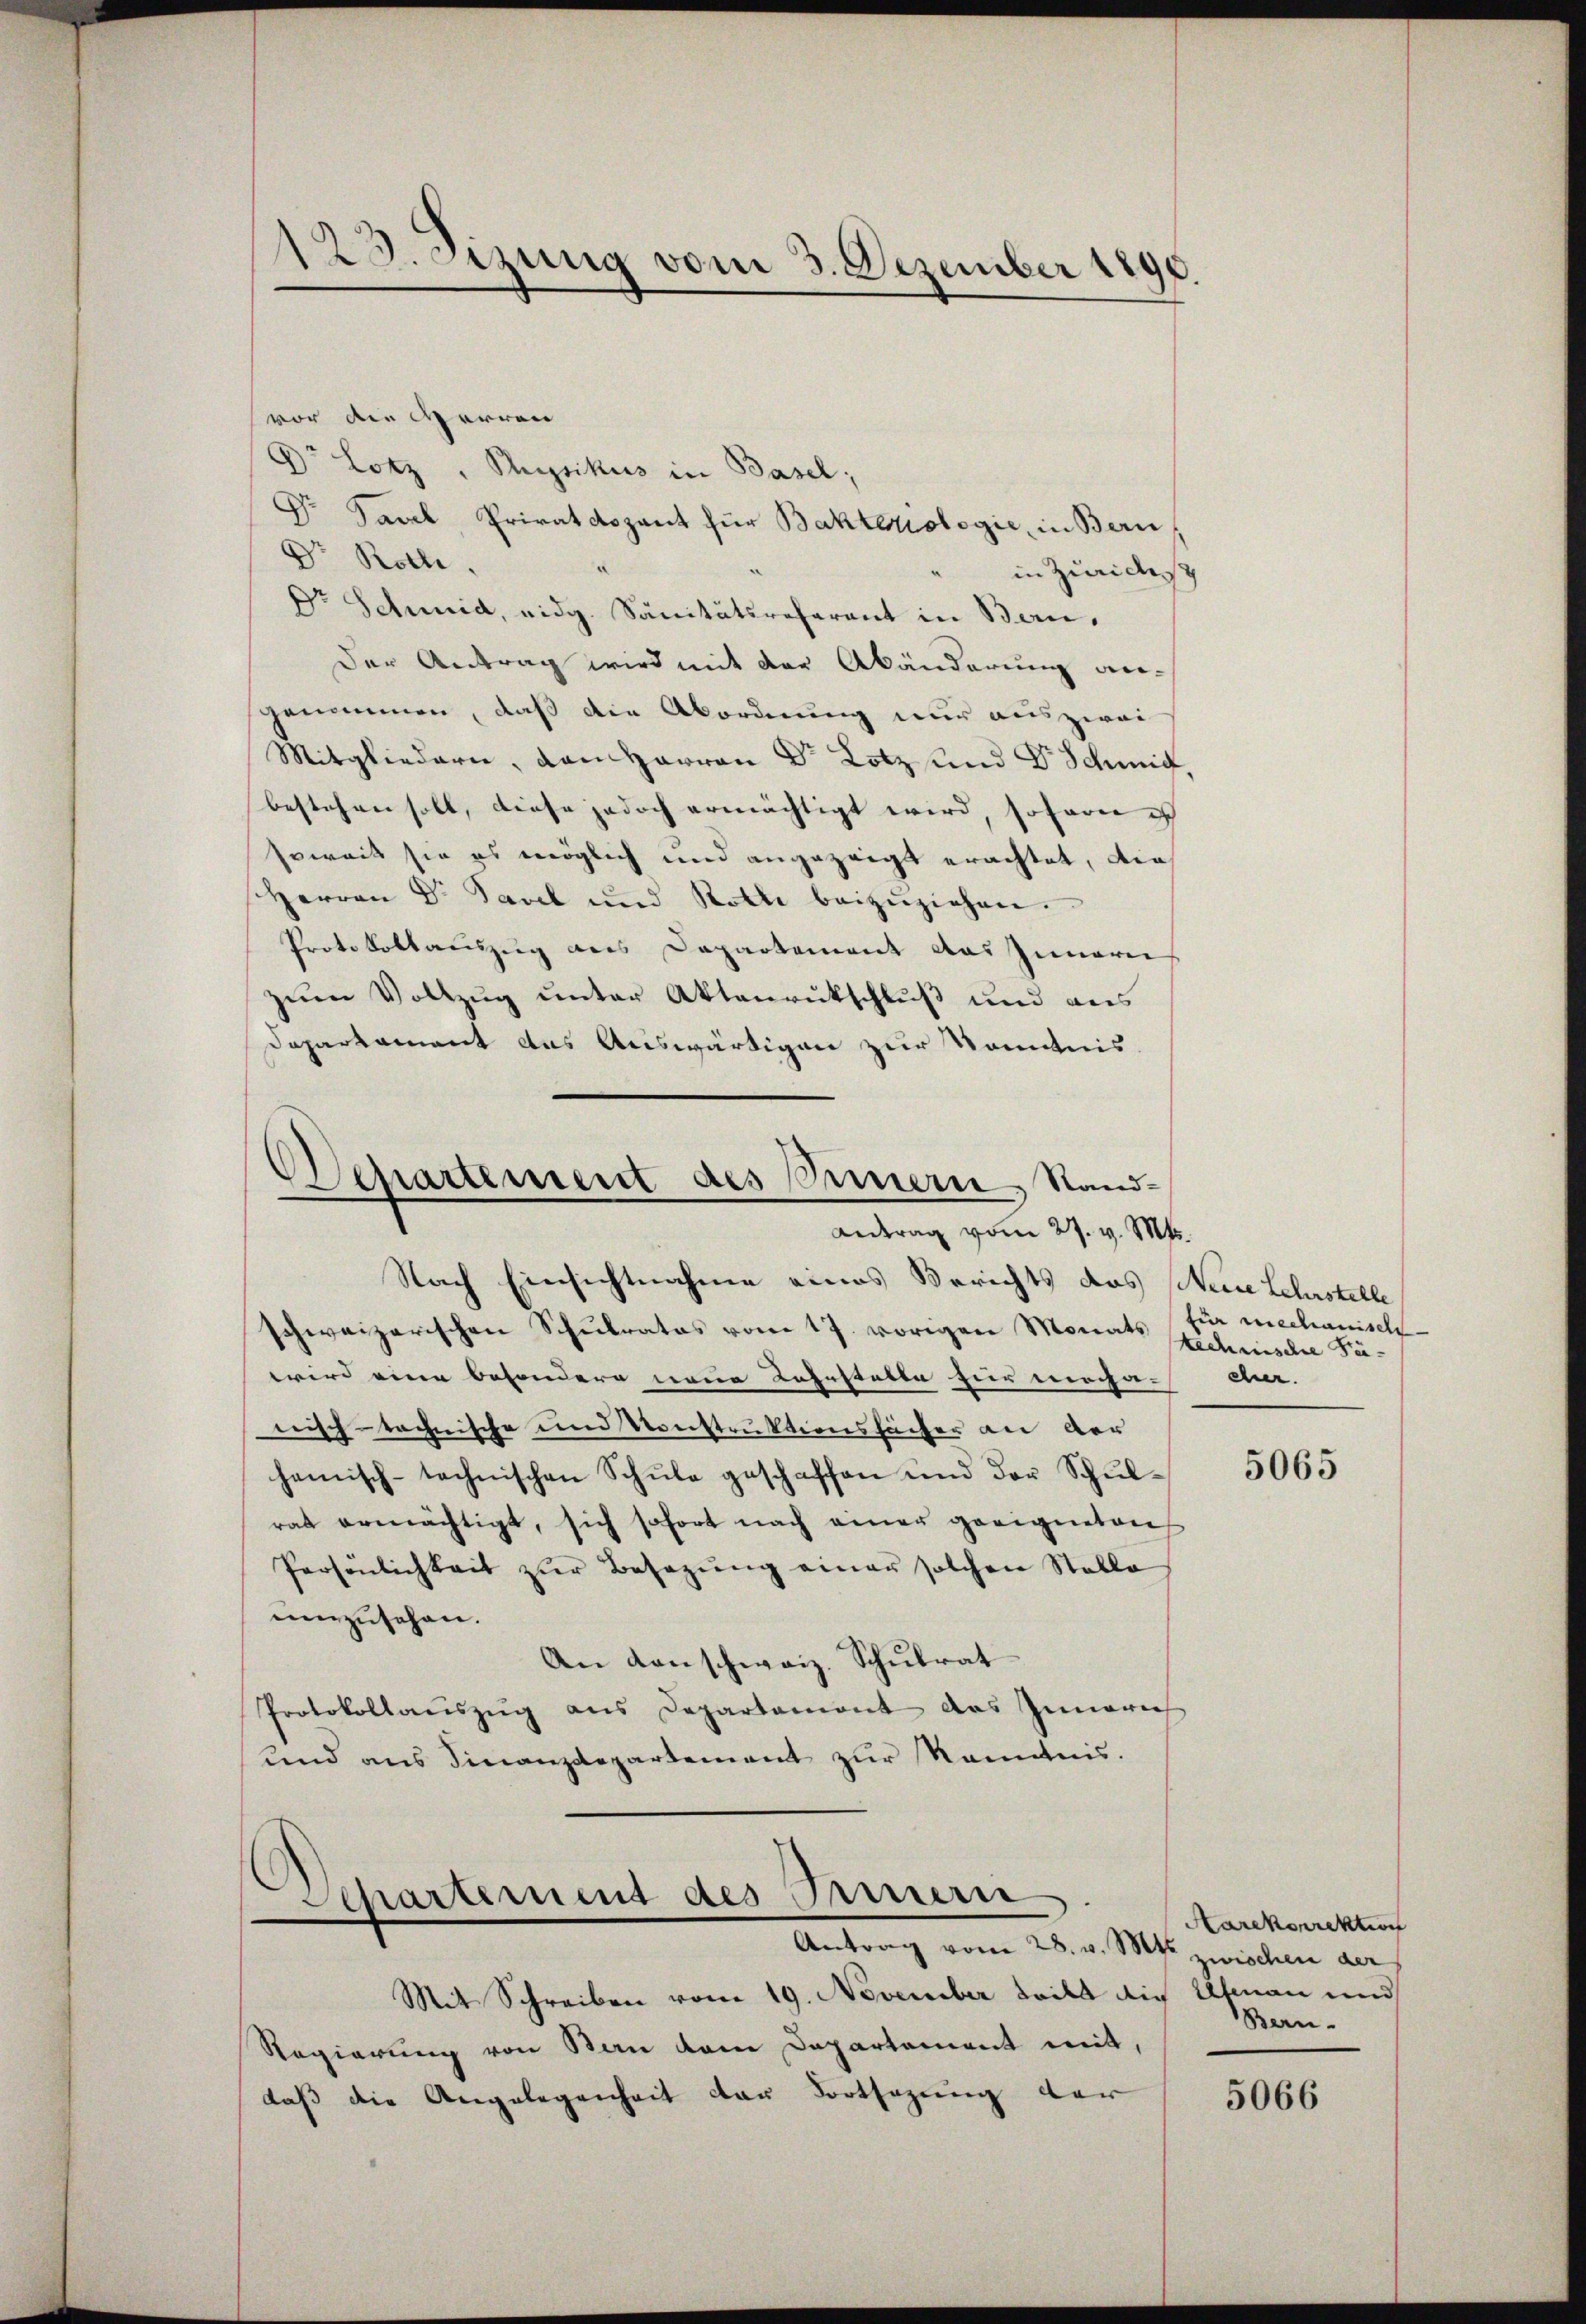
123. Sizung vom 3. Dezember 1890.

vor die Herren
Dr Lotz, Physikus in Basel;
Dr. Javel, Privatdozent für Bakteriologie, in Bern,
Dr. Roth.
in Zürichst
Dr Schmid, eidg. Sanitätsreferant in Bern,
Der Antrag wird mit der Abänderung angenommen, daß die Abordnung nur auszwei
Mitgliedern, von Herren Dr Lotz und Dr. Schmid,
bestehen soll, diese jedoch ermächtigt wird, soferne ich
soweit sie es möglich und angezeigt erachtet, die
Herren Dr. Savel und Rotte beizŭziehen.
Protokollauszug aus Departement das Innern
zum Vollzug unter Aktenrutschluß und aus
Dapartement das Auswärtigen zur Kenntnis
Separtement des Sinnern, Stand¬
Antrag vom 27. v. Mts.
Nach Einsichtnahme eines Berichts das Neine Lehrstelle
schweizerischen Schulrates vom 17. vorigen Monats für mechanisch-
wird eine besondere neue Lehrstelle für mecha-Ant. |
nisch-technische und Konstruktionssacher an der
hemisch-technischen Schŭle geschaffen und der Schŭl-
rat ermächtigt, sich sofort nach einer geeigneten
Persönlichkeit zŭr Besetzŭng einer solchen Stalle
umzusehen.
An danschweiz. Schulrat
Protokollauszug aus Departament das Innern
und ans Finanzdepartement zur Kenntnis.

Departement des Prineri
Antrag vom 28. v. Mts.

Mit Schreiben vom 19. November tritt die Ufmann und
Regierung von Bau dem Departement mit,
dass die Angelegenheit der Fortsezung der

technische Per-

5065

Harekorrektion
zwischen der
Bern.

5066